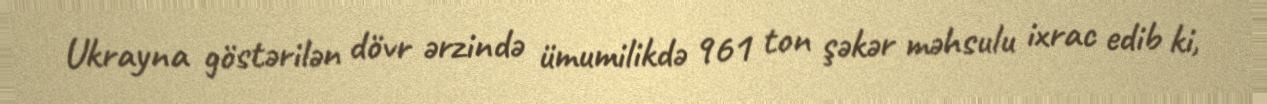
Ukrayna göstərilən dövr ərzində ümumilikdə 961 ton şəkər məhsulu ixrac edib ki,